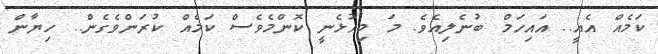
ކަމެއް އެއީ.. އައިހަމް ބުނެލިއެވެ. މަ މިއުޅެނީ ކޮންމެވެސް ކަމެއް ކުރަންވެގެން.. ހިޔާން